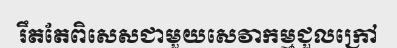
រឹតតែពិសេសជាមួយសេវាកម្មជួលក្រៅ